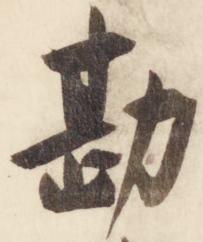
勘